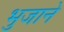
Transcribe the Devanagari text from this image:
भुजाने